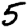
Digit: 5